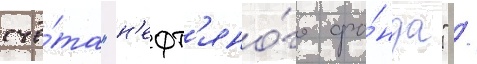
счё́та "н'ефт'яно́го фо́нда" /